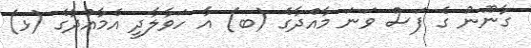
ގާނޫނު ގެ ފަސް ވަނަ މާއްދާގެ (ބ) އާ ހަވާލާދީ އެމާއްދާގެ (ޅ)